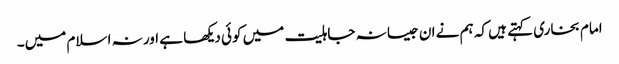
امام بخاری کہتے ہیں کہ ہم نے ان جیسا نہ جاہلیت میں کوئی دیکھا ہے اور نہ اسلام میں۔